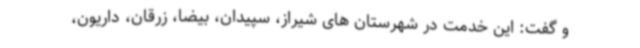
و گفت: این خدمت در شهرستان های شیراز، سپیدان، بیضا، زرقان، داریون،